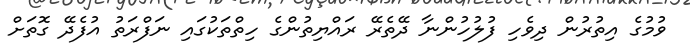
ވުމުގެ އިތުރުން ދިވެހި ފުލުހުންނާ ދޭތެރޭ ރައްޔިތުންގެ ހިތްތަކުގައި ނަފްރަތު އުފެދޭ ގޮތަށް